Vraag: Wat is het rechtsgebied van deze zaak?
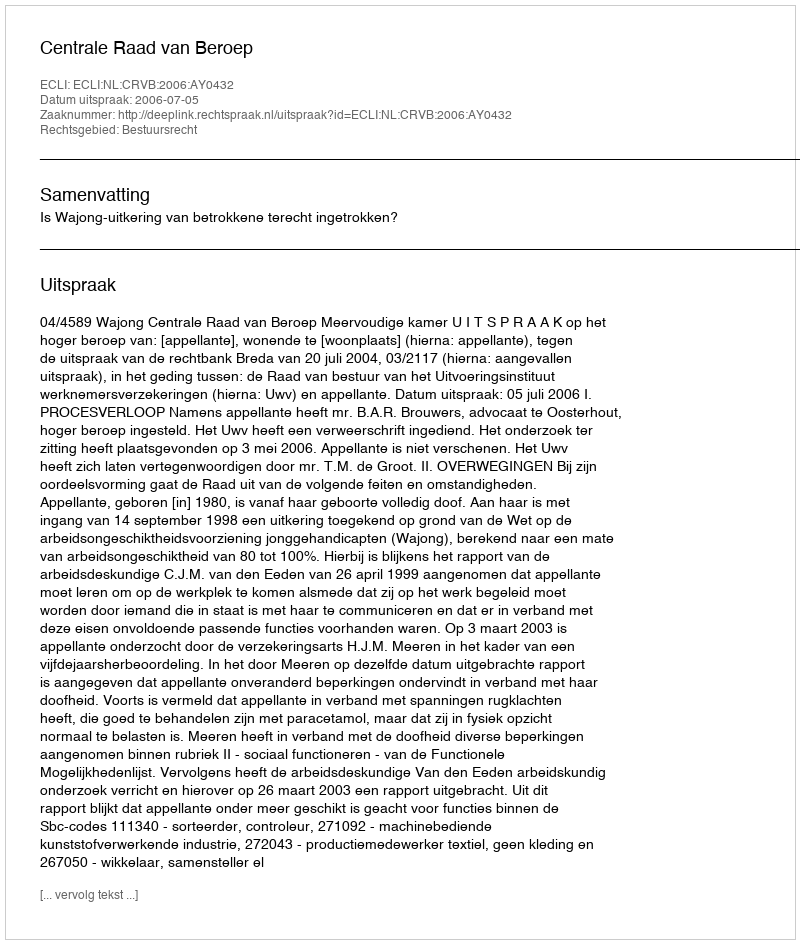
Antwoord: Bestuursrecht